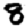
Digit: 8